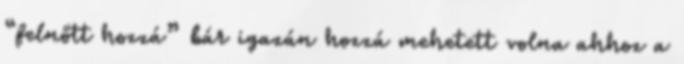
“felnőtt hozzá” bár igazán hozzá mehetett volna ahhoz a